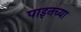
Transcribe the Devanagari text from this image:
पाइनच्या